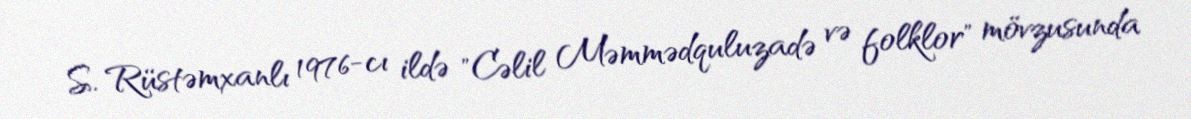
S. Rüstəmxanlı 1976-cı ildə "Cəlil Məmmədquluzadə və folklor" mövzusunda